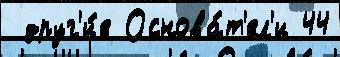
 друг'и́е Основа́т'ел'и 44